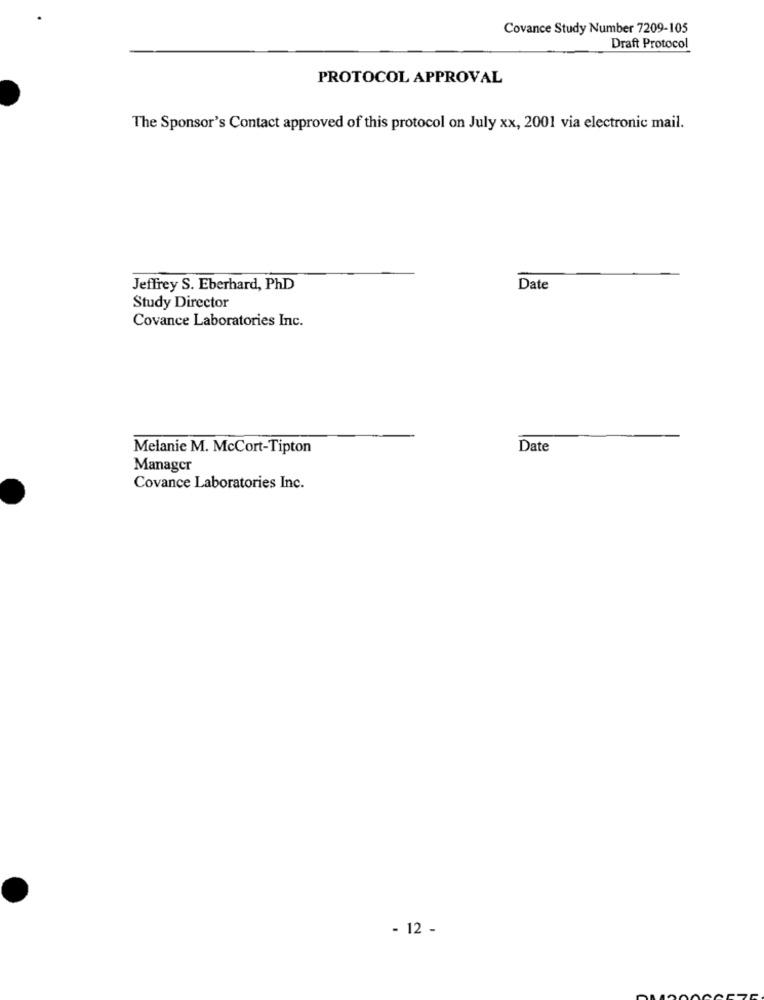
Covance Study Number 7209-105
Draft Protocol
PROTOCOL APPROVAL
The Sponsor's Contact approved of this protocol on July xx, 2001 via electronic mail.
Jeffrey S. Eberhard, PhD
Date
Study Director
Covance Laboratories Inc.
Melanie M. McCort-Tipton
Date
Manager
Covance Laboratories Inc.
- 12 -